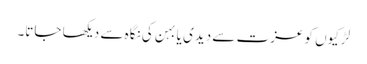
لڑکیوں کو عزت سے دیدی یا بہن کی نگاہ سے دیکھا جاتا۔